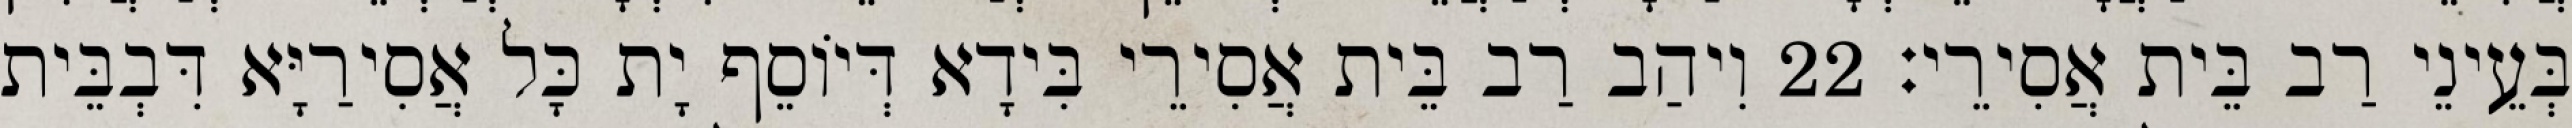
בְּעֵינֵי רַב בֵּית אֲסִירֵי׃ 22 וִיהַב רַב בֵּית אֲסִירֵי בִּידָא דְּיוֹסֵף יָת כָּל אֲסִירַיָּא דִּבְבֵּית